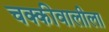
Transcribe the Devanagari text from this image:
चक्कीवालीला